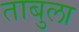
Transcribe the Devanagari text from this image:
ताबुला